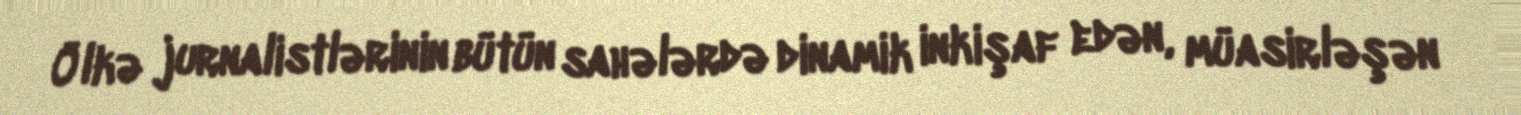
Ölkə jurnalistlərinin bütün sahələrdə dinamik inkişaf edən, müasirləşən